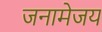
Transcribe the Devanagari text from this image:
जनामेजय